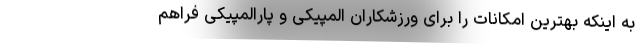
به اینکه بهترین امکانات را برای ورزشکاران المپیکی و پارالمپیکی فراهم